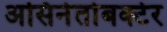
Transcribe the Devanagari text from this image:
असिनेतोबक्टेर